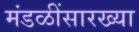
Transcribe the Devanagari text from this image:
मंडळींसारख्या